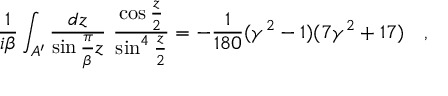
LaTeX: { \frac { 1 } { i \beta } } \int _ { A ^ { \prime } } { \frac { d z } { \sin { \frac { \pi } { \beta } } z } } ~ { \frac { \cos \frac z 2 } { \sin ^ { 4 } \frac z 2 } } = - { \frac { 1 } { 1 8 0 } } ( \gamma ^ { 2 } - 1 ) ( 7 \gamma ^ { 2 } + 1 7 ) ~ ~ ~ ,